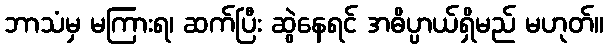
ဘာသံမှ မကြားရ၊ ဆက်ပြီး ဆွဲနေရင် အဓိပ္ပာယ်ရှိမည် မဟုတ်။